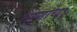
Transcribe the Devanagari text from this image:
भाणांच्या